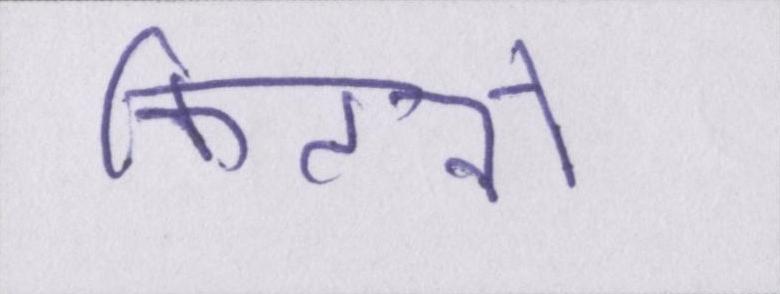
कितनों